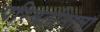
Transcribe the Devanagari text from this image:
परिवर्तानाला